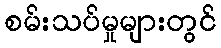
စမ်းသပ်မှုများတွင်